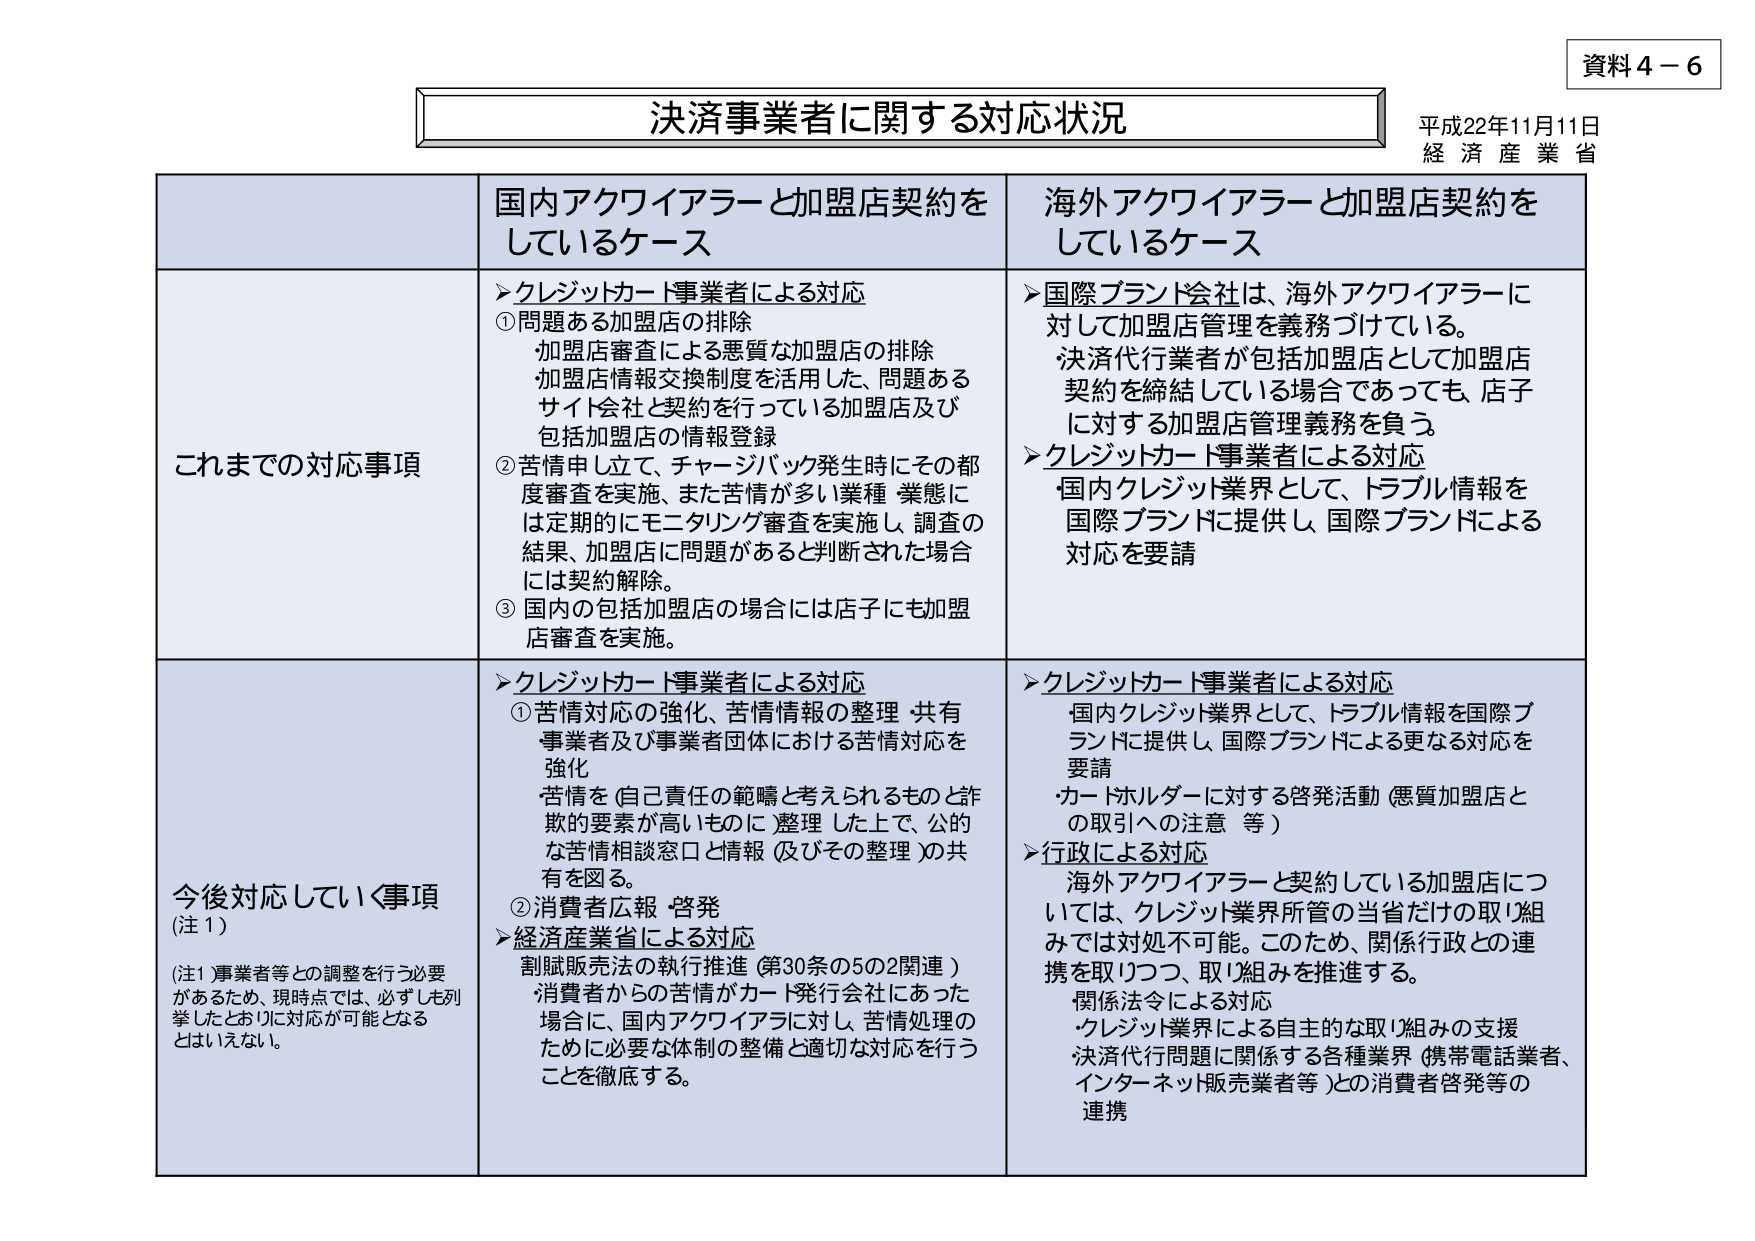
資料４－６
決済事業者に関する対応状況
平成22年11月11日
経済産業省

国内アクワイアラーと加盟店契約をしているケース
海外アクワイアラーと加盟店契約をしているケース

これまでの対応事項
▶クレジットカード事業者による対応
①問題ある加盟店の排除
・加盟店審査による悪質な加盟店の排除
・加盟店情報交換制度を活用した、問題あるサイト会社と契約を行っている加盟店及び包括加盟店の情報登録
②苦情申し立て、チャージバック発生時にその都度審査を実施、また苦情が多い業種・業態には定期的にモニタリング審査を実施し、調査の結果、加盟店に問題があると判断された場合には契約解除。
③国内の包括加盟店の場合には店子にも加盟店審査を実施。

▶国際ブランド会社は、海外アクワイアラーに対して加盟店管理を義務づけている。
決済代行業者が包括加盟店として加盟店契約を締結している場合であっても、店子に対する加盟店管理義務を負う。
▶クレジットカード事業者による対応
・国内クレジット業界として、トラブル情報を国際ブランドに提供し、国際ブランドによる対応を要請

今後対応していく事項（注1）
（注1）事業者等との調整を行う必要があるため、現時点では、必ずしも列挙したとおりに対応が可能となるとはいえない。

▶クレジットカード事業者による対応
①苦情対応の強化、苦情情報の整理・共有
・事業者及び事業者団体における苦情対応を強化
・苦情を（自己責任の範疇と考えられるものと詐欺の要素が高いものに）整理した上で、公的な苦情相談窓口と情報（及びその整理）の共有を図る。
②消費者広報・啓発

▶経済産業省による対応
・割賦販売法の執行推進（第30条の5の2関連）
・消費者からの苦情がカード発行会社にあった場合に、国内アクワイアラーに対し、苦情処理のために必要な体制の整備と適切な対応を行うことを徹底する。

▶クレジットカード事業者による対応
・国内クレジット業界として、トラブル情報を国際ブランドに提供し、国際ブランドによる更なる対応を要請
・カードホルダーに対する啓発活動（悪質加盟店との取引への注意等）

▶行政による対応
・海外アクワイアラーと契約している加盟店については、クレジット業界所管の当省だけの取り組みでは対処不可能。このため、関係行政との連携を取りつつ、取り組みを推進する。
・関係法令による対応
・クレジット業界による自主的な取り組みの支援
・決済代行問題に関係する各種業界（携帯電話業者、インターネット販売業者等）との消費者啓発等の連携